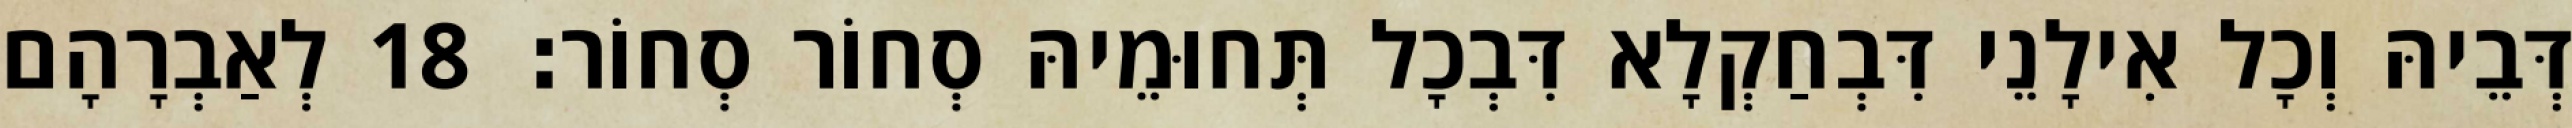
דְּבֵיהּ וְכָל אִילָנֵי דִּבְחַקְלָא דִּבְכָל תְּחוּמֵיהּ סְחוֹר סְחוֹר׃ 18 לְאַבְרָהָם